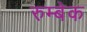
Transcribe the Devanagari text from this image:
रुम्बेक